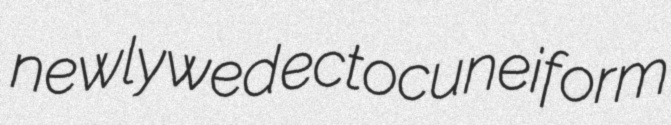
newlywed ectocuneiform